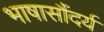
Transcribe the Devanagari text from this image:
भाषासौंदर्य